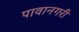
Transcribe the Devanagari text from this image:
पावानगरी